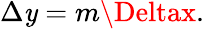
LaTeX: \Delta\mathit{y}=m\Deltax.